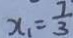
x _ { 1 } = \frac { 7 } { 3 }